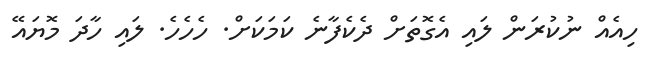
ހިއެއް ނުކުރަން ލައި އެގޮތަށް ދެކެފާނެ ކަމަކަށް. ހެހެހެ. ލައި ހާދަ މޮޔައޭ